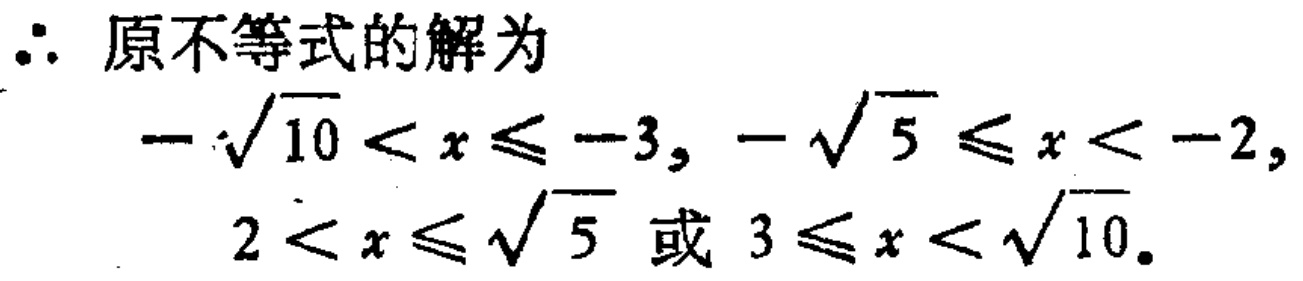
\(\therefore\)原不等式的解为
\(-\sqrt{10} < x \leq -3, -\sqrt{5} \leq x < -2,\)
\(2 < x \leq \sqrt{5}\)或\(3 \leq x < \sqrt{10}\).